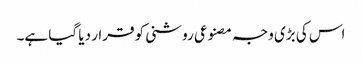
اس کی بڑی وجہ مصنوعی روشنی کو قرار دیا گیا ہے۔